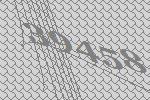
39458